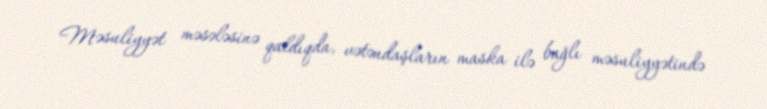
Məsuliyyət məsələsinə qaldıqda, vətəndaşların maska ilə bağlı məsuliyyətində